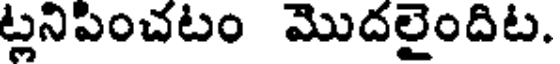
ట్లనిపించటం మొదలైందిట.